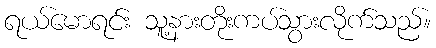
ရယ်မောရင်း သူ့နားတိုးကပ်သွားလိုက်သည်။